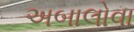
અબાલોવા